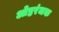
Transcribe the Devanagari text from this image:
ओष्ठरंजक